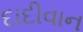
દાદીવાન